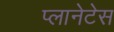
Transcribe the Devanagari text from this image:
प्लानेटेस